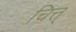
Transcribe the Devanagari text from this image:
चित्त्